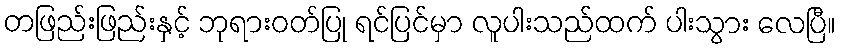
တဖြည်းဖြည်းနှင့် ဘုရားဝတ်ပြု ရင်ပြင်မှာ လူပါးသည်ထက် ပါးသွား လေပြီ။